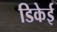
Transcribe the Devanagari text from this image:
डिकेई